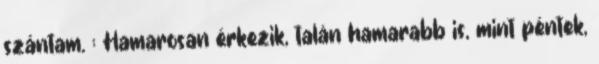
szántam. : Hamarosan érkezik, talán hamarabb is, mint péntek,